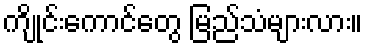
ကျိုင်းကောင်တွေ မြည်သံများလား။